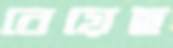
বেয়েছ